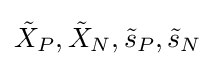
{\tilde {X}}_{P},{\tilde {X}}_{N},{\tilde {s}}_{P},{\tilde {s}}_{N}